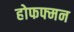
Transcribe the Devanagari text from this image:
होफफ्मन